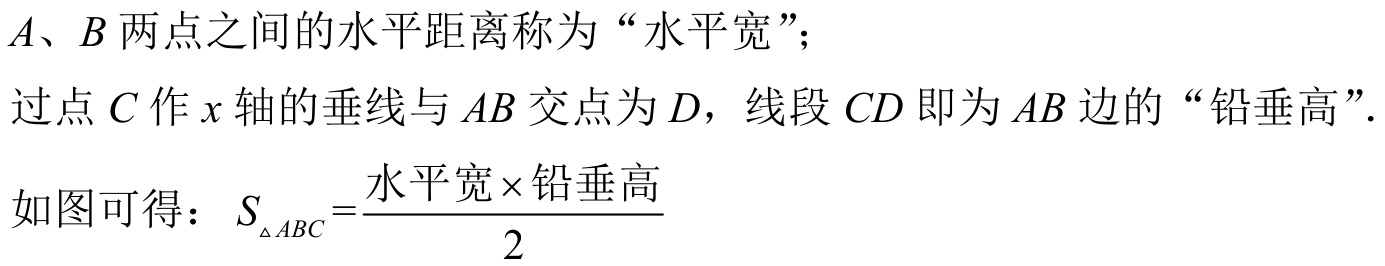
\(A、B\) 两点之间的水平距离称为“水平宽”；
过点 \(C\) 作 \(x\) 轴的垂线与 \(AB\) 交点为 \(D\)，线段 \(CD\) 即为 \(AB\) 边的“铅垂高”.
如图可得：\(S_{\triangle ABC}=\frac{水平宽\times铅垂高}{2}\)